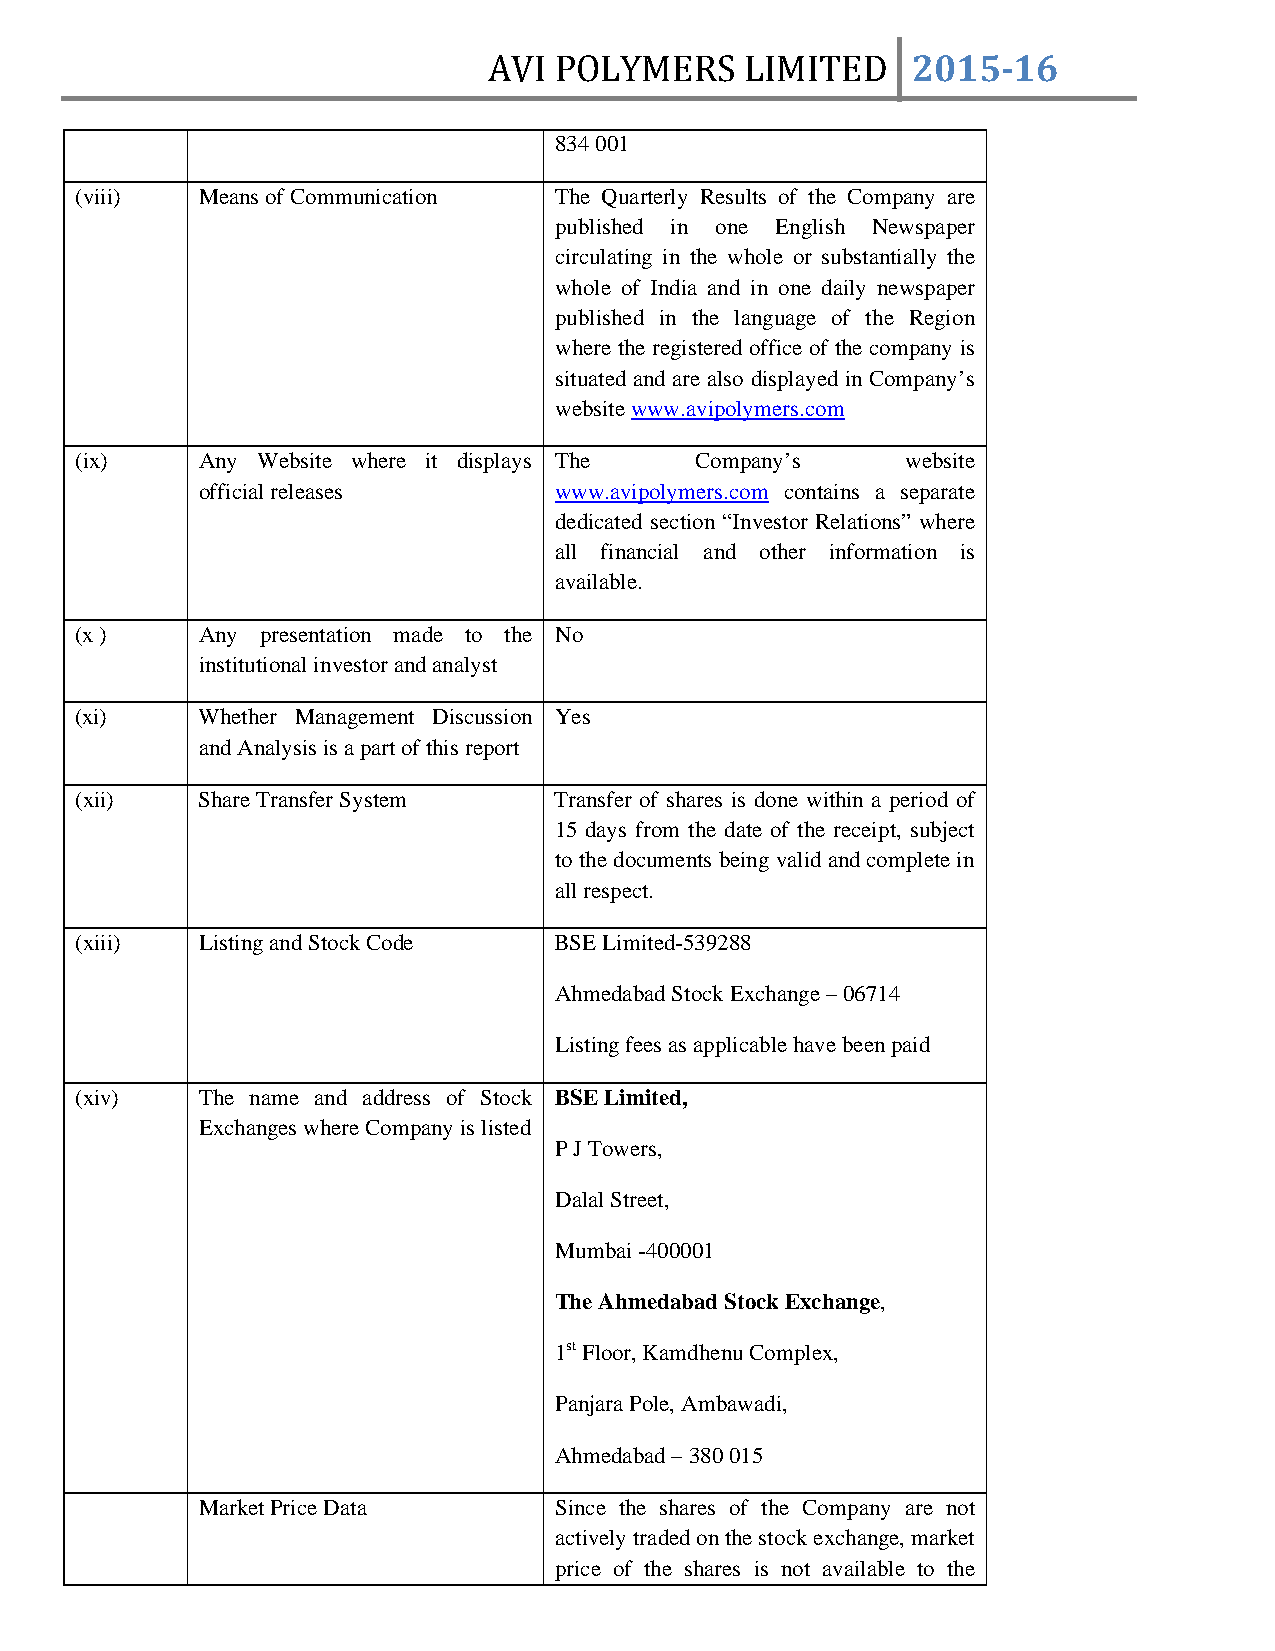
AVI  POLYMERS    LIMITED    2015­16
 834 001
 (viii)  Means of Communication  The Quarterly Results of the Company are
 published in one English Newspaper
 circulating in the whole or substantially the
 whole of India and in one daily newspaper
 published in the language of the Region
 where the registered office of the company is
 situated and are also displayed in Company’s
 website www.avipolymers.com
 (ix)    Any Website where it displays The Company’s    website
 official releases       www.avipolymers.com contains a separate
 dedicated section “Investor Relations” where
 all financial and other information is
 available.
 (x )    Any presentation made to the No
 institutional investor and analyst
 (xi)    Whether Management Discussion Yes
 and Analysis is a part of this report
 (xii)   Share Transfer System   Transfer of shares is done within a period of
 15 days from the date of the receipt, subject
 to the documents being valid and complete in
 all respect.
 (xiii)  Listing and Stock Code  BSE Limited-539288
 Ahmedabad Stock Exchange – 06714
 Listing fees as applicable have been paid
 (xiv)   The name and address of Stock BSE Limited,
 Exchanges where Company is listed
 P J Towers,
 Dalal Street,
 Mumbai -400001
 The Ahmedabad Stock Exchange,
 1st Floor, Kamdhenu Complex,
 Panjara Pole, Ambawadi,
 Ahmedabad – 380 015
 Market Price Data       Since the shares of the Company are not
 actively traded on the stock exchange, market
 price of the shares is not available to the